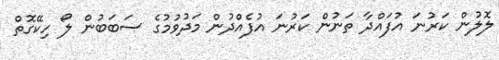
ލޮލުން ކަރުނަ އުފައްދާ ތަނުން ކަރުނަ އުފެއްދުން މަދުވުމުގެ ސަބަބުން ލޯ ހިކޭގޮތް